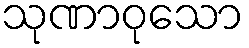
သုဏာဝုသော